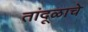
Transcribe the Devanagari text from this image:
तांदूळाचे